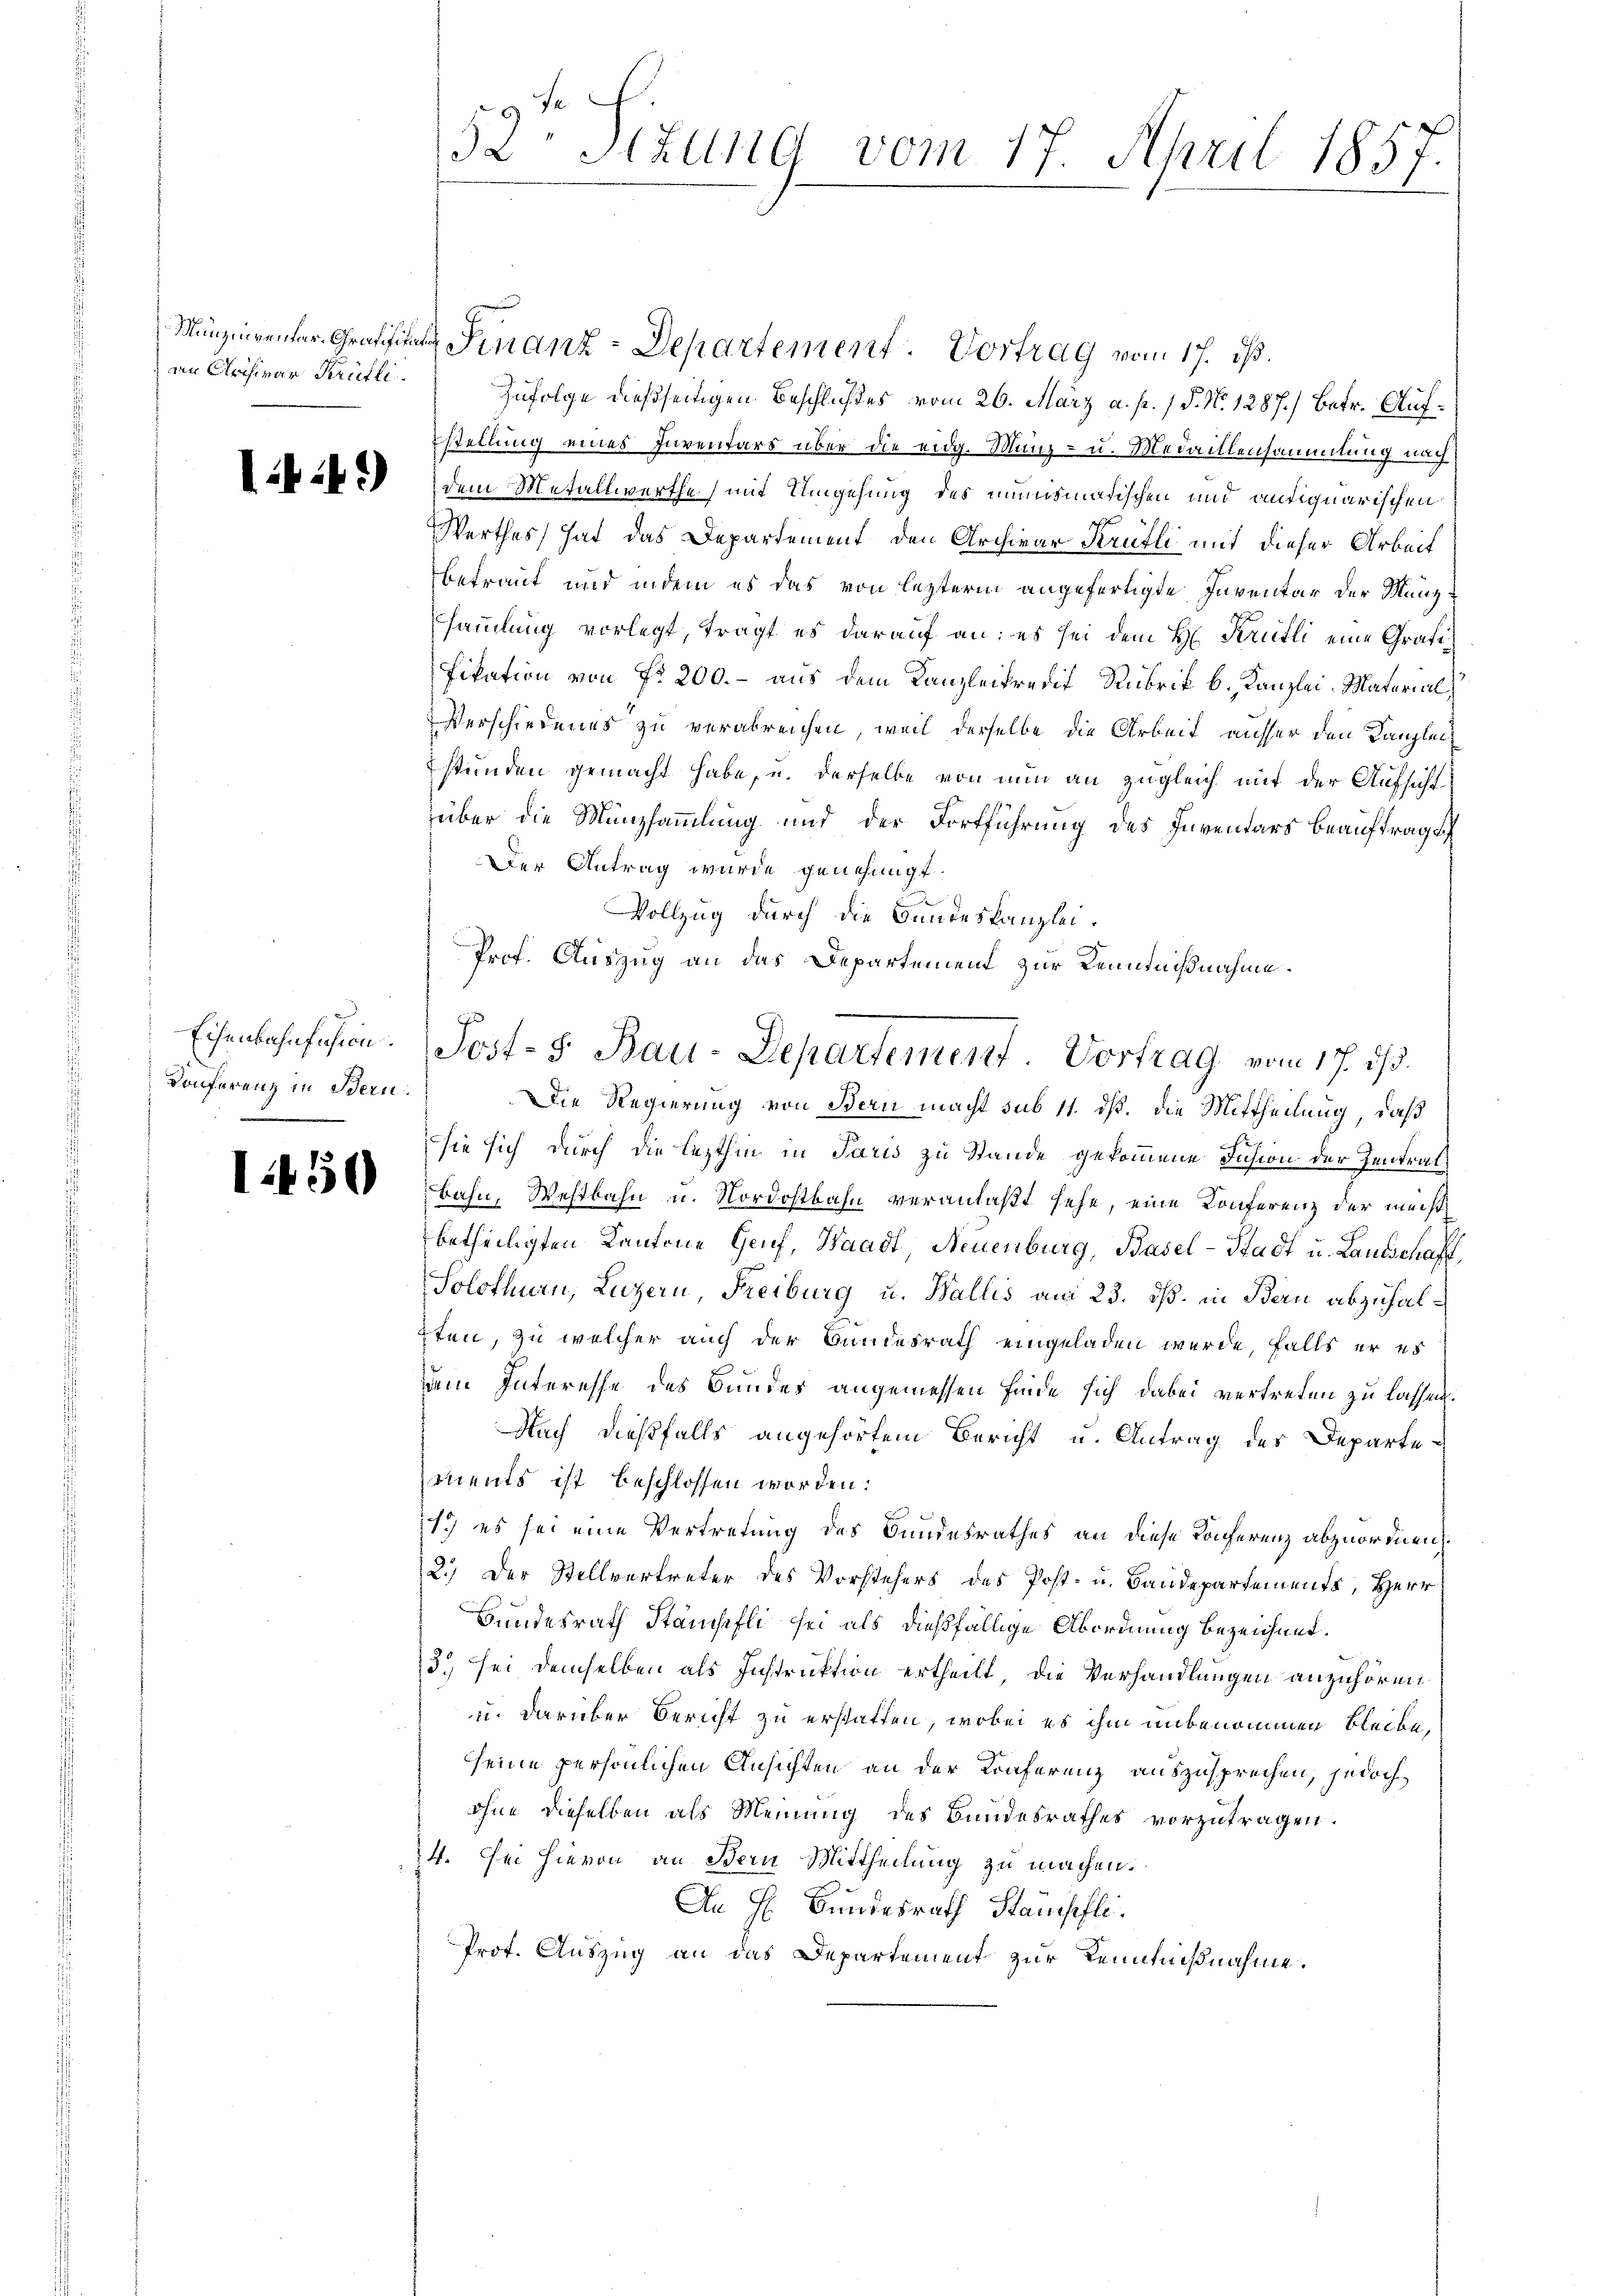
an Archivar Krüfli

Konferenz in Bern.

Zufolge dießseitigen Beschlußes vom 26. März a. p. / P. Nr. 1287.) Betr. Aufstellung eines Inventars über die eidg. Münz- u. Medaillensammlung nach
 ist dem Metallwerthe mit Umgehung des munismarischen und antiquarischen
Werthes hat das Departement den Archivar Krütli mit dieser Arbeit
betraut und indem es das von lezterm angefertigte Inventar der Münzsammlung vorlegt, tragt es darauf an: es sei dem H. Krütli eine Gratifikation von fr. 200.- aus dem Kanzlei predit Rubrik b. Kanzlei-Material
Verschiedenes zu verabreichen, weil derselbe die Arbeit ausser den Kanzlei
stünden gemacht habe, u. derselbe von nun an zugleich mit der Aufsicht
über die Münzsammlung und der Fortführung des Inventars beauftragt
Der Antrag wurde genehmigt.
Vollzug durch die Bandeskanzlei.
Prof. Auszug an das Departement zur Kenntnißnahme.
Die Regierung von Bern macht sub 11. dß. die Mittheilung, daß
sie sich durch die lezthin in Paris zu Stande gekommene Insion der Zentrat
ist es bahn, Westbahn u. Nordostbahn veranlaßt sehe, eine Konferenz der meistbetheiligten Kantone Genf, Waadt, Neuenburg, Basel-Stadt u. Lautschaft
Solothurn, Luzern, Freiburg u. Wallis am 23. dß. in Bau abzuhal¬
2ten, zu welcher auch der Bundesrath eingeladen wurde, falls er es
dem Interesse des Bundes angemessen finde sich dabei vertreten zu lassen.
Nach dießfalls angehörtem Bericht u. Antrag des Departements ist beschlossen worden.
1.) es sei eine Vertretung des Bundesrathes an diese Konferenz abzuordnen.
2.) Der Stellvertreter des Vorstehers des Post- u. Baudepartements, Herr
Bundesrath Stänchefli sei als dießfällige Abordnung bezeichnet.
3) sei demselben als Instruktion ertheilt, die Verhandlungen anzuhören
u. darüber Bericht zu erstatten, wobei es ihm unbenommen bleibe,
seine persönlichen Ansichten an der Konferenz auszusprechen, jedoch
ohne dieselben als Meinung des Bandesrathes vorzutragen.
14. Sei hievon an Bern Mittheilung zu machen.
An H. Bundesrath Stanisfli.
Prot. Auszug an das Departement zur Kenntnißnahme.

F
52 Stzung vom 17. April 1857.

Minzierenter. Grafft. Finanz-Departement. Vortrag vom 17. ds.

Eisenbahnfahren. Post- 5. Bau-Departement. Vortrag vom 17. ds.